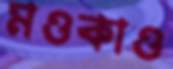
মওকাও